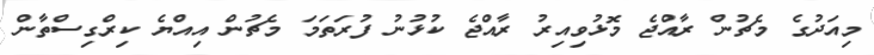
މިއަދުގެ މެޗުން ރާއްޖެ މޮޅުވިއިރު ރާއްޖެ ކުޅުނު ފުރަތަމަ މެޗުން އިއްޔެ ކިރްގިސްތާން